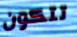
تتكون